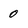
Character: 0